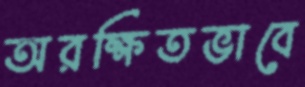
অরক্ষিতভাবে